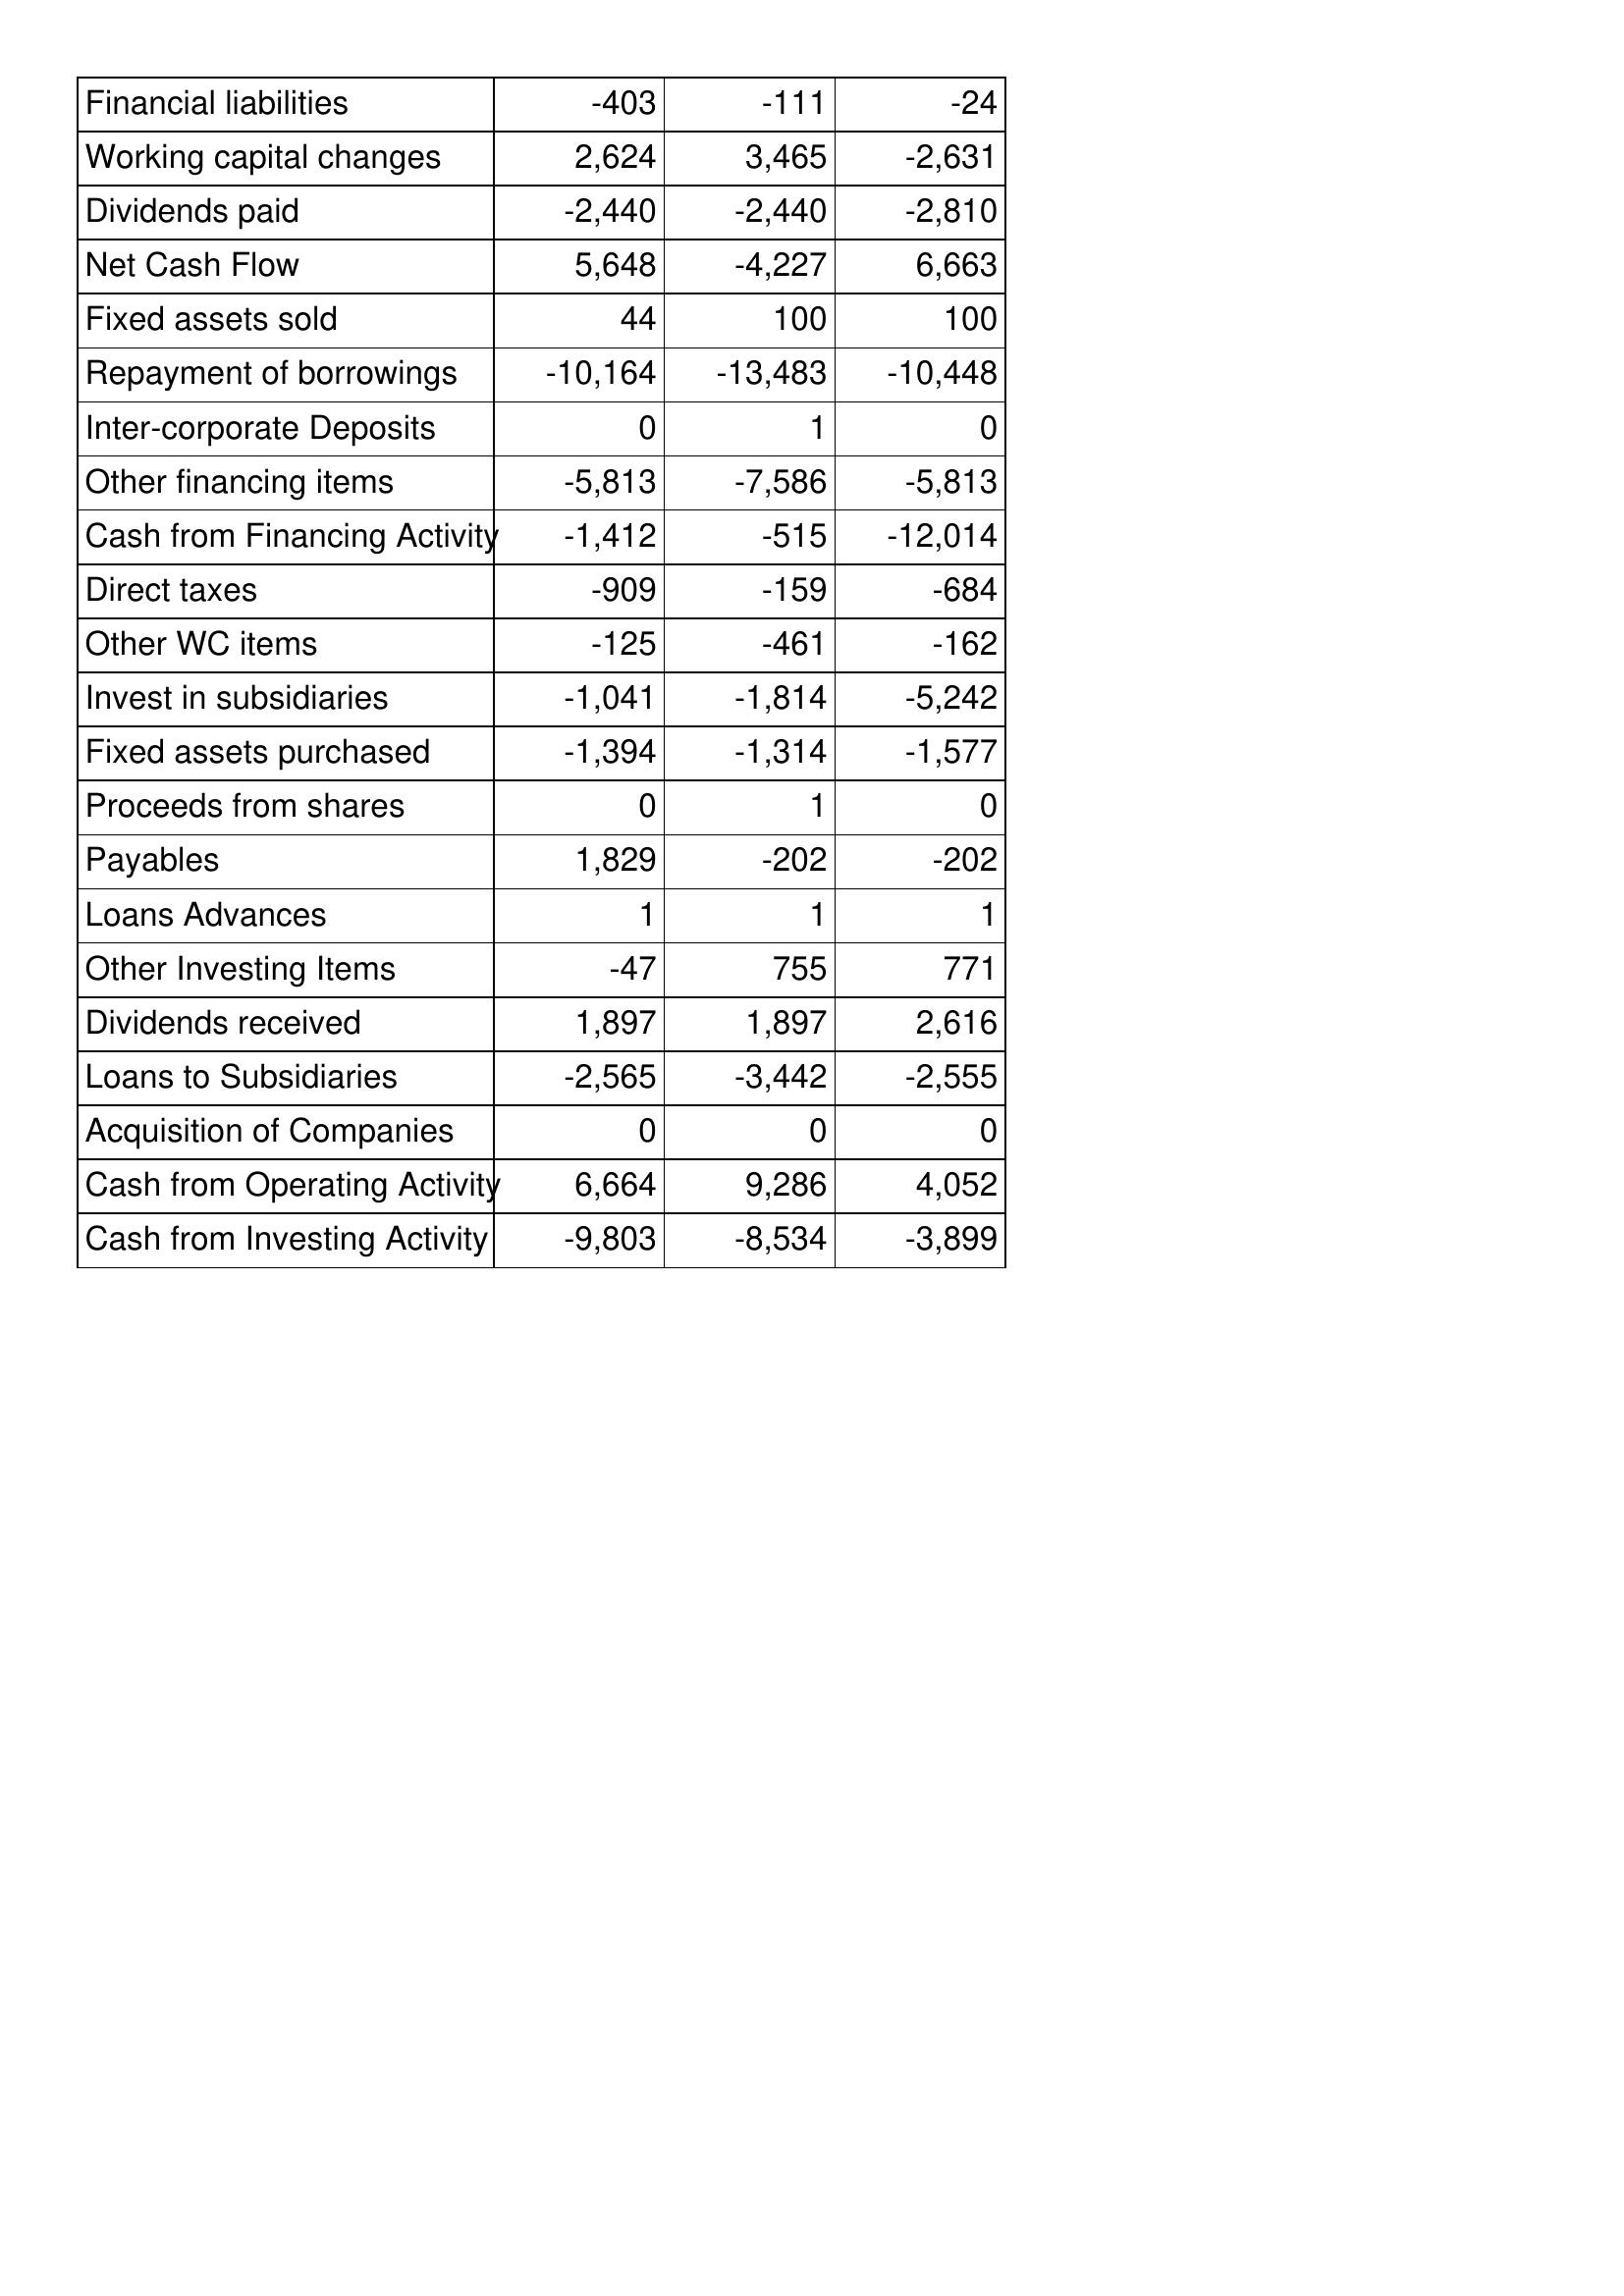
Apr-06: Cash Flows: Financial liabilities: -403
Working capital changes: 2,624
Dividends paid: -2,440
Net Cash Flow: 5,648
Fixed assets sold: 44
Repayment of borrowings: -10,164
Inter-corporate Deposits: 0
Other financing items: -5,813
Cash from Financing Activity: -1,412
Direct taxes: -909
Other WC items: -125
Invest in subsidiaries: -1,041
Fixed assets purchased: -1,394
Proceeds from shares: 0
Payables: 1,829
Loans Advances: 1
Other Investing Items: -47
Dividends received: 1,897
Loans to Subsidiaries: -2,565
Acquisition of Companies: 0
Cash from Operating Activity: 6,664
Cash from Investing Activity: -9,803
Apr-05: Cash Flows: Financial liabilities: -111
Working capital changes: 3,465
Dividends paid: -2,440
Net Cash Flow: -4,227
Fixed assets sold: 100
Repayment of borrowings: -13,483
Inter-corporate Deposits: 1
Other financing items: -7,586
Cash from Financing Activity: -515
Direct taxes: -159
Other WC items: -461
Invest in subsidiaries: -1,814
Fixed assets purchased: -1,314
Proceeds from shares: 1
Payables: -202
Loans Advances: 1
Other Investing Items: 755
Dividends received: 1,897
Loans to Subsidiaries: -3,442
Acquisition of Companies: 0
Cash from Operating Activity: 9,286
Cash from Investing Activity: -8,534
Apr-04: Cash Flows: Financial liabilities: -24
Working capital changes: -2,631
Dividends paid: -2,810
Net Cash Flow: 6,663
Fixed assets sold: 100
Repayment of borrowings: -10,448
Inter-corporate Deposits: 0
Other financing items: -5,813
Cash from Financing Activity: -12,014
Direct taxes: -684
Other WC items: -162
Invest in subsidiaries: -5,242
Fixed assets purchased: -1,577
Proceeds from shares: 0
Payables: -202
Loans Advances: 1
Other Investing Items: 771
Dividends received: 2,616
Loans to Subsidiaries: -2,555
Acquisition of Companies: 0
Cash from Operating Activity: 4,052
Cash from Investing Activity: -3,899